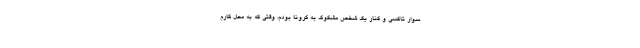
سوار تاکسی و کنار یک شخص مشکوک به کرونا بودم، وقتی که به محل کارم